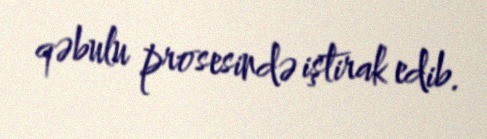
qəbulu prosesində iştirak edib.